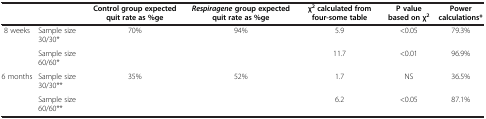
<table><thead><tr><td colspan="2"><b> </b></td><td><b>Control group expected quit rate as %ge</b></td><td><b><i>Respiragene </i>group expected quit rate as %ge</b></td><td><b>χ<sup>2 </sup>calculated from four-some table</b></td><td><b>P value based on χ<sup>2</sup></b></td><td><b>Power calculations*</b></td></tr></thead><tbody><tr><td rowspan="2">8 weeks</td><td>Sample size 30/30*</td><td rowspan="2">70%</td><td rowspan="2">94%</td><td>5.9</td><td>&lt;0.05</td><td>79.3%</td></tr><tr><td>Sample size 60/60*</td><td>11.7</td><td>&lt;0.01</td><td>96.9%</td></tr><tr><td rowspan="2">6 months</td><td>Sample size 30/30**</td><td rowspan="2">35%</td><td rowspan="2">52%</td><td>1.7</td><td>NS</td><td>36.5%</td></tr><tr><td>Sample size 60/60**</td><td>6.2</td><td>&lt;0.05</td><td>87.1%</td></tr></tbody></table>